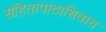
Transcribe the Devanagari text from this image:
संहितापाठाशिवाय